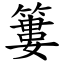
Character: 簍